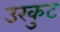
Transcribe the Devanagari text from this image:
उरकुट